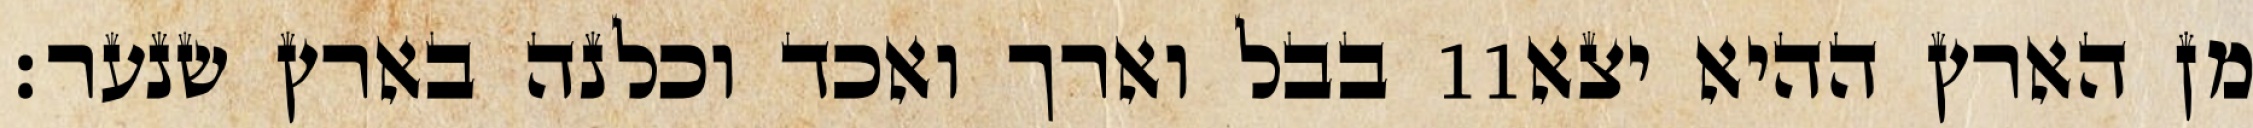
בבל וארך ואכד וכלנה בארץ שנער׃ ‎11‏ מן הארץ ההיא יצא